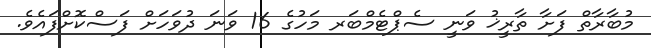
މުބާރާތް ފަށާ ތާރީޚު ވަނީ ސެޕްޓެމްބަރ މަހުގެ 16 ވަނަ ދުވަހަށް ފަސްކޮށްފައެވެ.